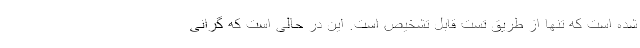
شده است که تنها از طریق تست قابل تشخیص است. این در حالی است که گرانی